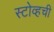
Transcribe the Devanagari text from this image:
स्टोव्हची